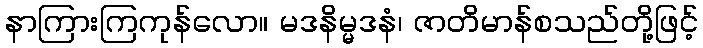
နာကြားကြကုန်လော။ မဒနိမ္မဒနံ၊ ဇာတိမာန်စသည်တို့ဖြင့်